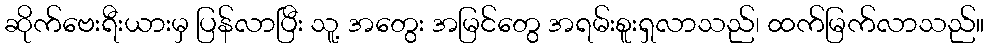
ဆိုက်ဗေးရီးယားမှ ပြန်လာပြီး သူ့ အတွေး အမြင်တွေ အရမ်းစူးရှလာသည်၊ ထက်မြက်လာသည်။